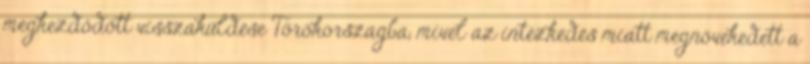
megkezdődött visszaküldése Törökországba, mivel az intézkedés miatt megnövekedett a